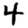
Digit: 4